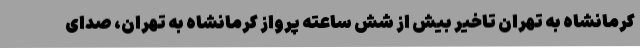
کرمانشاه به تهران تاخیر بیش از شش ساعته پرواز کرمانشاه به تهران، صدای